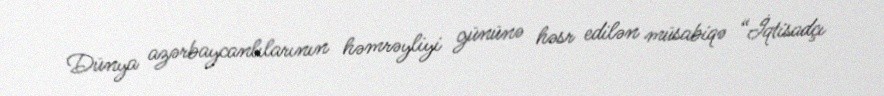
Dünya azərbaycanlılarının həmrəyliyi gününə həsr edilən müsabiqə “İqtisadçı